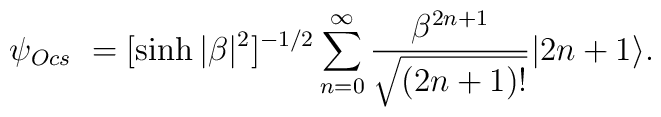
\psi_{Ocs}\ = [\sinh{|\beta|^2}]^{-1/2}\sum_{n=0}^{\infty}\frac{\beta^{2n+1}}{\sqrt{(2n+1)!}}|2n+1\rangle .